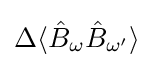
\Delta \langle {\hat {B}}_{\omega }{\hat {B}}_{\omega '}\rangle